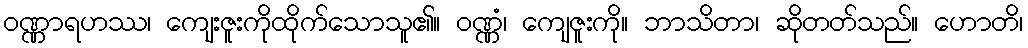
ဝဏ္ဏာရဟဿ၊ ကျေးဇူးကိုထိုက်သောသူ၏။ ဝဏ္ဏံ၊ ကျေဇူးကို။ ဘာသိတာ၊ ဆိုတတ်သည်။ ဟောတိ၊